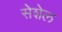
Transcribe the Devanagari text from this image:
सेशेल